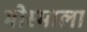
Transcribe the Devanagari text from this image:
मोस्माला